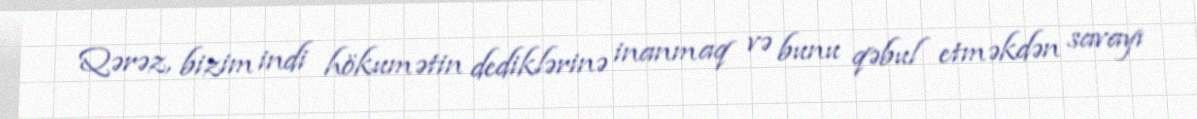
Qərəz, bizim indi hökumətin dediklərinə inanmaq və bunu qəbul etməkdən savayı